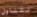
نتناول